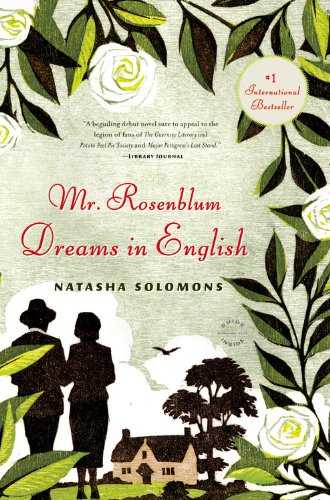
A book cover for Mr. Rosenblum Dreams in English: A Novel; Natasha Solomons; Literature & Fiction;